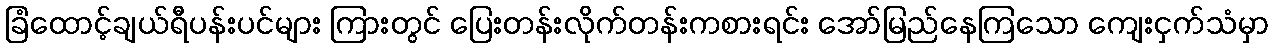
ခြံထောင့်ချယ်ရီပန်းပင်များ ကြားတွင် ပြေးတန်းလိုက်တန်းကစားရင်း အော်မြည်နေကြသော ကျေးငှက်သံမှာ